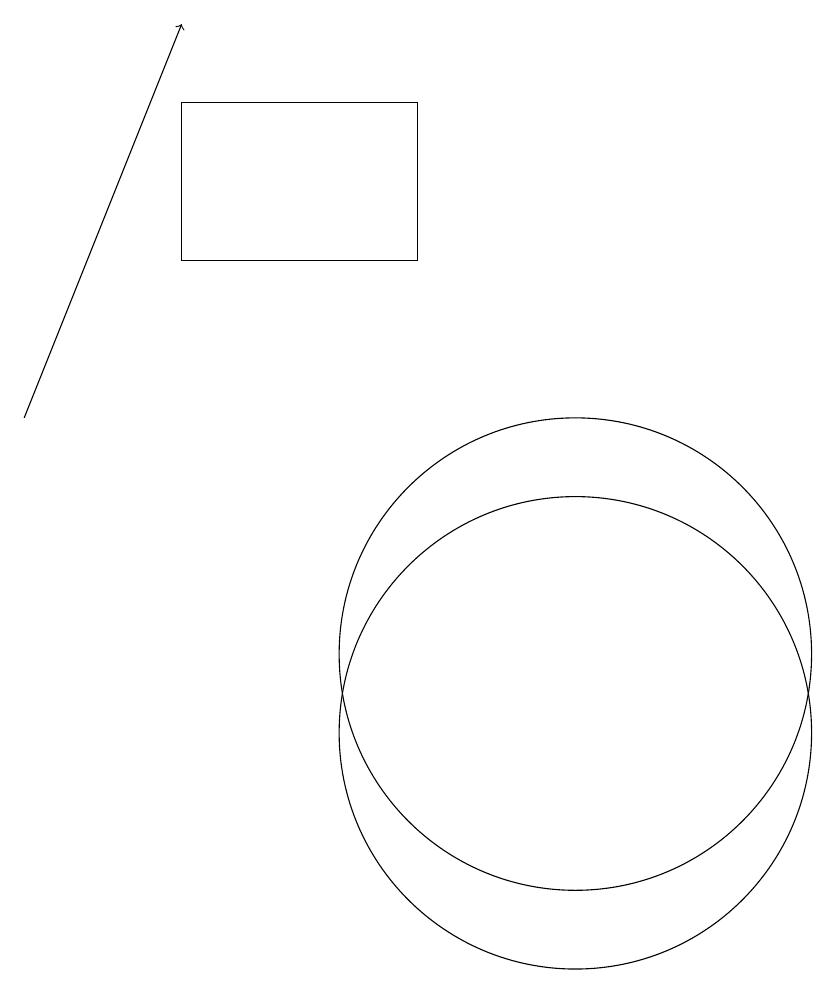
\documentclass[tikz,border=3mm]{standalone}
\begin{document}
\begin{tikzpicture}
\draw (10,11) circle (3);
\draw[->] (3,14) -- (5,19);
\draw (10,10) circle (3);
\draw (8,16) rectangle (5,18);
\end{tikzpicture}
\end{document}